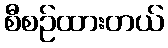
စီစဉ်ထားတယ်